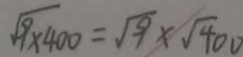
\sqrt { 9 \times 4 0 0 } = \sqrt { 9 } \times \sqrt { 4 0 0 }